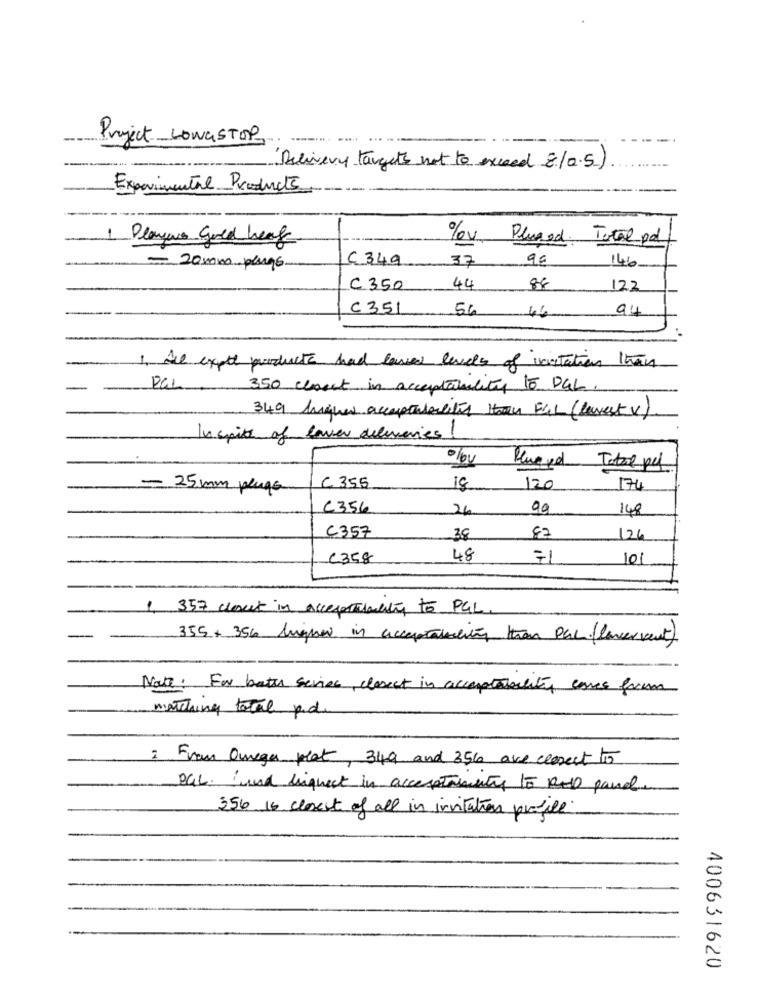
Project LowaSTOP
Delivery targets not to exceed 8/0.5)
Experimental Products
1
%v, Plused. Total pal
Plaque Gold Leaf
C 349
37
90
146
- 20 moms plugs
C 350
44
88
122
C351
56
94
46
1. Ale expet products had laved levels of ivistation than
Pal
350 closet in acceptability to DAL.
349 Aniques acceptabeltis than FUL (lavest v)
In spite of laver deliveries !
Total pel
- 25 mm plugs
C 355
18
120
174
C356
24
99
148
C357
38
82
126
C358
48
101
357 clout in accepttwenty to PGL
355+ 356 lighed in acceptabelt then Pac ( laver vent)
Note: For baths series, derect in acceptabelity, comes from
matching total p.d
2 From Ourger plat, 349 and 356 are correct 15
PGL. and highest in accesatrements to ROD panel.
356 16 closest of all in invitations profile
400631620